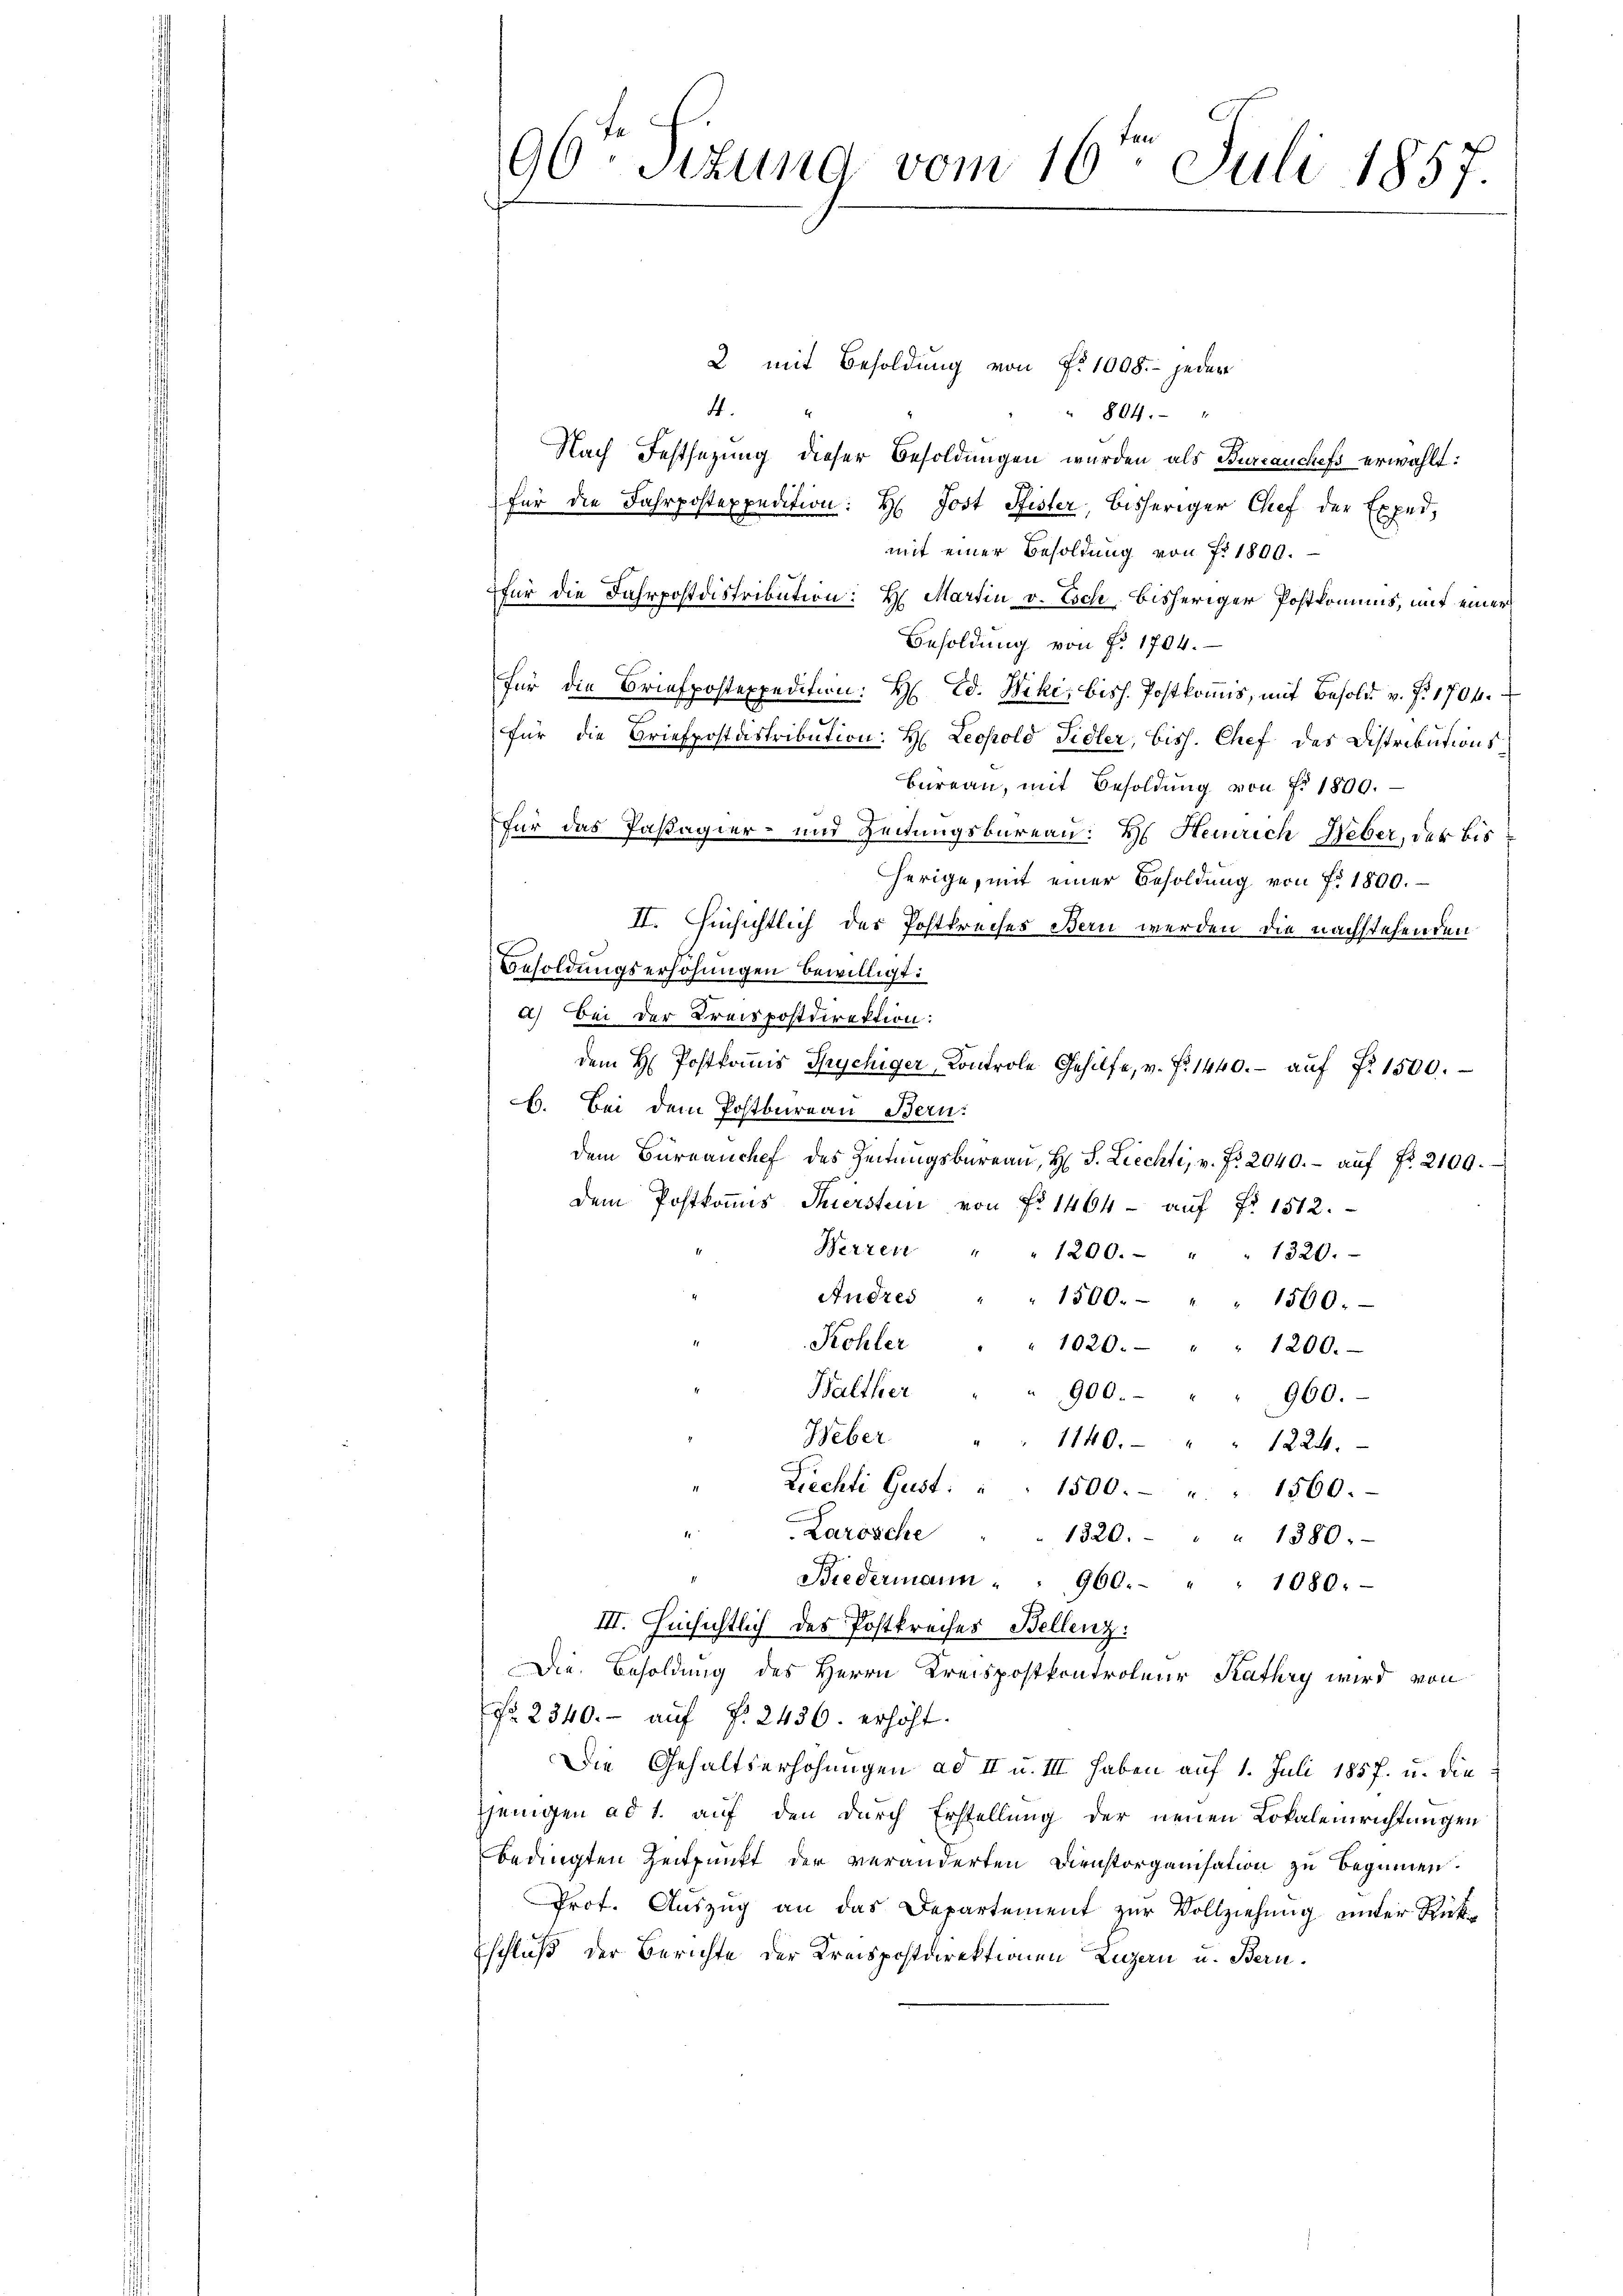
2 mit Besoldung von Fr. 1008. - jeder
d.
“ 804. "
Nach Festsezung dieser Besoldungen wurden als Burcauchefs erwählt:
für die Fahrpostexpedition: H: Jost Fister, bisheriger Chef der Exped.
mit einer Besoldung von f. 1800.
für die Fahrpostdistrikution: H. Martin v. Loch bisheriger Postkomuns, mit einer
Besoldung von Nr. 1704.
für die Briefpostexpedition: H. Ed. Niki, biss. Postkommis, mit Besold v. J. 1704.
.
für die Briefpostastribution: H: Leopold Sidler, biss. Chef des Distributions
Bureau, mit Besoldung von Fr. 1800.
für das Passagier- und Zeitungsbureau: H. Heinrich Weber, der bis
herige, mit einer Besoldung von Fr. 1800.
II. Hinsichtlich der Postkreises Bern werden die nachstehenden
Besoldungserhöhungen bewilligt:
a) Bei der Kreispostdirektion:
dem H. Postkoṁis Spychiger Kontrole Gehilfe, v. P. 1440.- aŭf §. 1500.
b. Bei dem Postbureau Bern:
dem Büreaŭchef des Zeitŭngsbüreau, H S. Liechti, v. Fr. 2040.- aŭf Fr. 2100.
dem Postkommis Thiersten von Fr. 1464- aŭf Fr. 1512.
Herren
" 1200. " " 1320.
Andres
1500. " " 1500.
Kohler
1020. " " 1200.
Balther
900.
960.
Weber
1140. " " 1224.
Liechli Gust.
1500. " " 1560.
Larosche
1320. " " 1380.
Biedermann . 960. " " 1080.
III. Hinsichtlich des Postkreises Bellenz:
Die Besoldung des Herrn Kreispostkontroleur Kathry wird von
No. 2340.- auf §. 2436. erhöht.
Die Gehaltserhöhungen ad II u. III haben auf 1. Juli 1857. u. die
jenigen ad 1. auf den durch Erstellung der neuen Lokalenrichtungen
bedingten Zeitpunkt der veränderten Dienstorganisation zu Beginnen.
Prot. Auszug an das Departement zur Vollziehung unter Rückschluß der Berichte der Kreispostdirektionen Luzern u. Bern.

Ite
96. Sizung vom 16. Juli 1857.